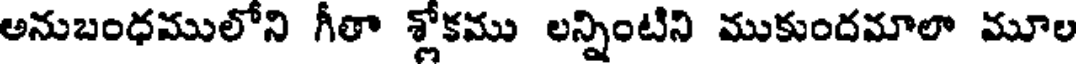
అనుబంధములోని గీతా శ్లోకము లన్నింటిని ముకుందమాలా మూల